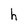
Character: h